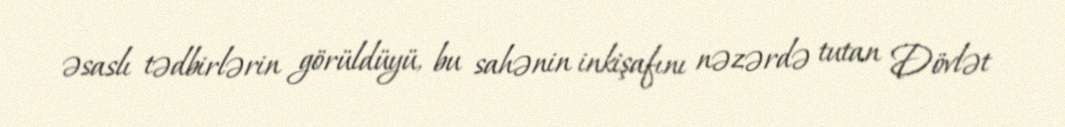
əsaslı tədbirlərin görüldüyü, bu sahənin inkişafını nəzərdə tutan Dövlət